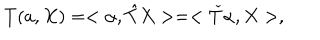
T ( a , X ) = < \alpha , { \hat { T } } X > = < { \check { T } } \alpha , X > ,